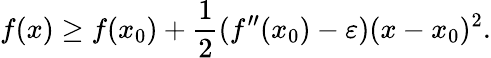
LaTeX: f(x)\geq f(x_{0})+{\frac{1}{2}}(f^{\prime\prime}(x_{0})-\varepsilon)(x-x_{0})^{2}.